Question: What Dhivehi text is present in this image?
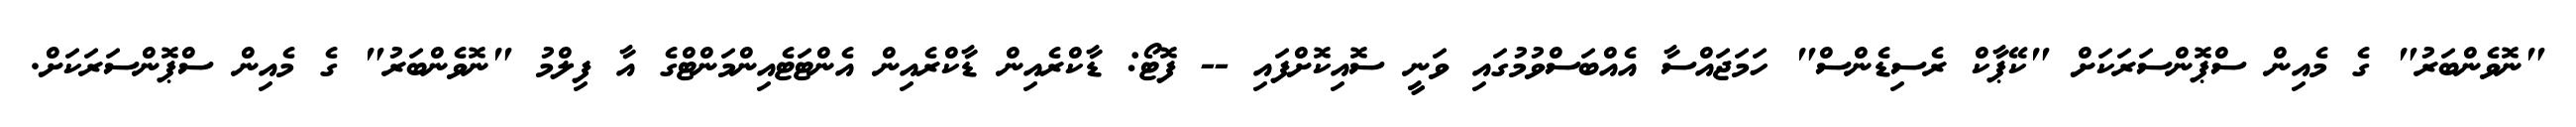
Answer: "ނޮވެންބަރު" ގެ މެއިން ސްޕޮންސަރަކަށް "ކޭޕާކް ރެސިޑެންސް" ހަމަޖައްސާ އެއްބަސްވުމުގައި ވަނީ ސޮއިކޮށްފައި -- ފޮޓޯ: ޑާކްރެއިން ޑާކްރެއިން އެންޓަޓެއިންމަންޓްގެ އާ ފިލްމު "ނޮވެންބަރު" ގެ މެއިން ސްޕޮންސަރަކަށް.